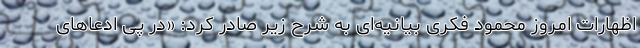
اظهارات امروز محمود فکری بیانیه‌ای به شرح زیر صادر کرد: «در پی ادعاهای